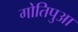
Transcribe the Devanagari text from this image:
गोतिपुआ